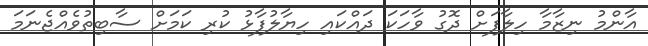
އާންމު ނިޒާމާ ހިލާފަށް ދޮގު ވާހަކަ ދައްކައި ހިޔާލުފާޅު ކުރި ކަމަށް ސާބިތުވެއްޖެނަމަ